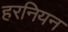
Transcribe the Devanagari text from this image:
हरनियन